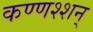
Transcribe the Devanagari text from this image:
कण्णश्शन्